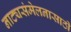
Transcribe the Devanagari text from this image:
नाट्यसंमेलनासाठी